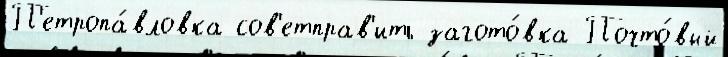
П'етропа́вловка сов'етправ'ить загото́вка Почто́вый